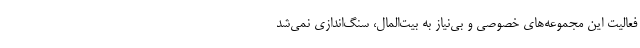
فعالیت این مجموعه‌های خصوصی و بی‌نیاز به بیت‌المال، سنگ‌اندازی نمی‌شد